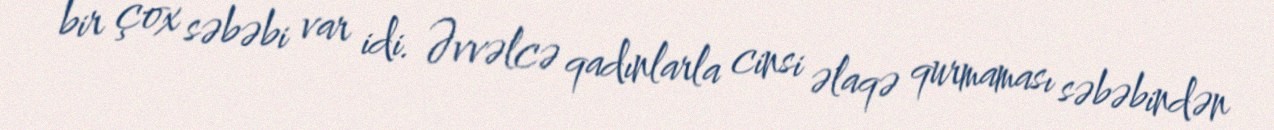
bir çox səbəbi var idi. Əvvəlcə qadınlarla cinsi əlaqə qurmaması səbəbindən